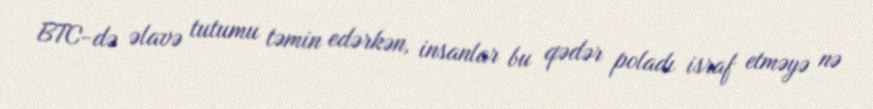
BTC-də əlavə tutumu təmin edərkən, insanlar bu qədər poladı israf etməyə nə